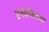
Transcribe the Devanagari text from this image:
एश्कॉलच्या